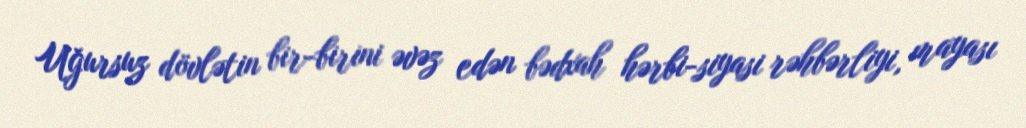
Uğursuz dövlətin bir-birini əvəz edən bədxah hərbi-siyasi rəhbərliyi, mayası